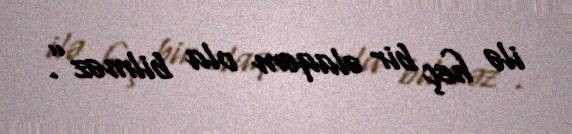
ilə heç bir əlaqəm ola bilməz”.